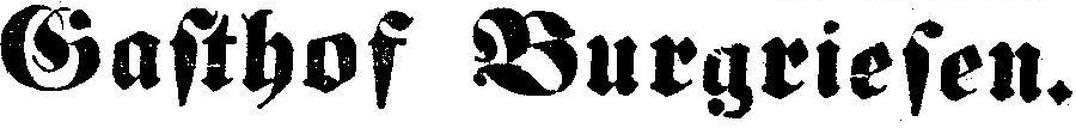
Gasthof Burgriesen.